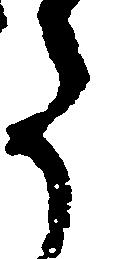
た